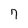
Character: 7